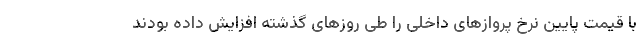
با قیمت پایین نرخ پروازهای داخلی را طی روزهای گذشته افزایش داده بودند